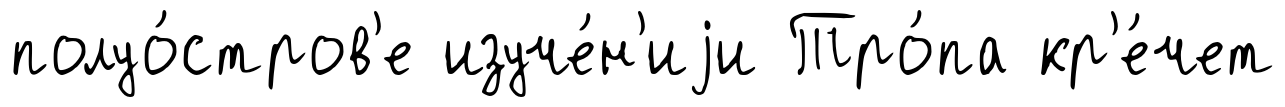
полуо́стров'е изуче́н'иjи Тро́па кр'е́чет